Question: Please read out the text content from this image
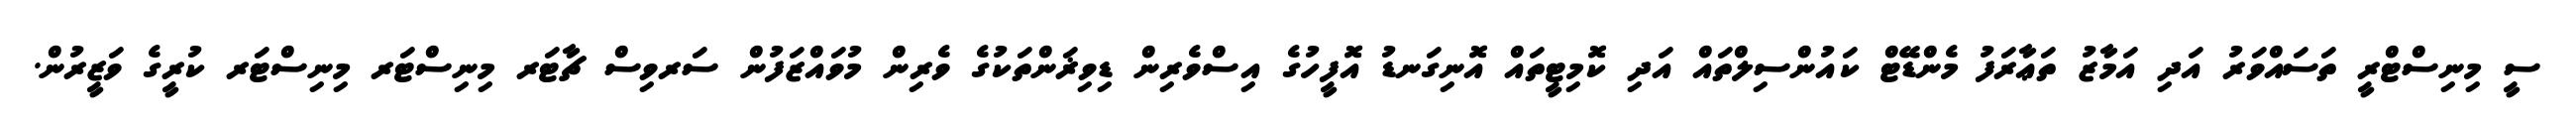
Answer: ސީ މިނިސްޓްރީ ތަސައްވަރު އަދި އަމާޒު ތަޢާރަފު މެންޑޭޓް ކައުންސިލްތައް އަދި ކޮމިޓީތައް އޮނިގަނޑު އޮފީހުގެ އިސްވެރިން ޑިވިޜަންތަކުގެ ވެރިން މުވައްޒަފުން ސަރވިސް ޗާޓަރ މިނިސްޓަރ މިނިސްޓަރ ކުރީގެ ވަޒީރުން.